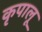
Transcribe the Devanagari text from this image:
कृपालू